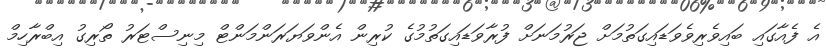
އެ ފެއާގައި ބައިވެރިވެވަޑައިގަތުމަށް ޖަރުމަނަށް ފުރާވަޑައިގަތުމުގެ ކުރިން އެންވަޔަރަންމަންޓް މިނިސްޓަރު ތޯރިގު އިބްރާހިމް